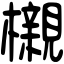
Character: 櫬